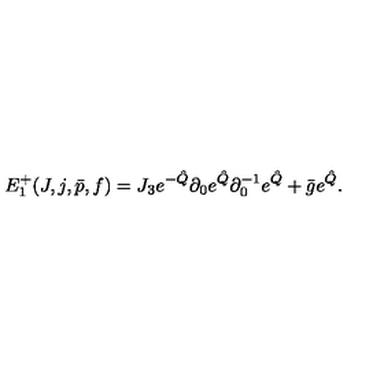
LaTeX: E _ { 1 } ^ { + } ( J , j , \bar { p } , f ) = J _ { 3 } e ^ { - \hat { Q } } \partial _ { 0 } e ^ { \hat { Q } } \partial _ { 0 } ^ { - 1 } e ^ { \hat { Q } } + \bar { g } e ^ { \hat { Q } } .